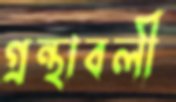
গ্রন্থাবলী